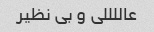
عاللللی و بی نظیر